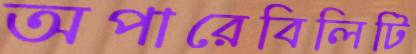
অপারেবিলিটি